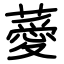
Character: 薆